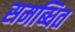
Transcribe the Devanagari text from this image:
समब्धित